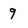
Character: 9